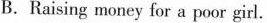
B.Raising money for a poor girl.